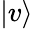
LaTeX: \vert v\rangle